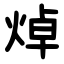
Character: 焯